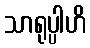
သာရုပ္ပါဟိ